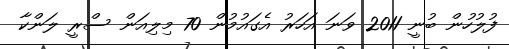
ފުލުހުން ބުނީ 2011 ވަނަ އަހަރު އެގައުމުން 70 މިލިއަން ސްރީ ލަންކާ